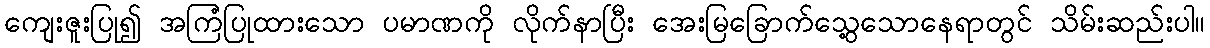
ကျေးဇူးပြု၍ အကြံပြုထားသော ပမာဏကို လိုက်နာပြီး အေးမြခြောက်သွေ့သောနေရာတွင် သိမ်းဆည်းပါ။